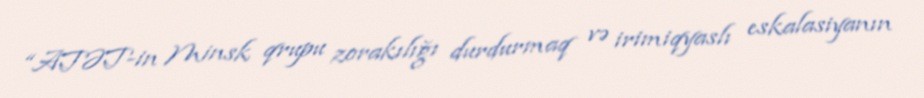
“ATƏT-in Minsk qrupu zorakılığı durdurmaq və irimiqyaslı eskalasiyanın